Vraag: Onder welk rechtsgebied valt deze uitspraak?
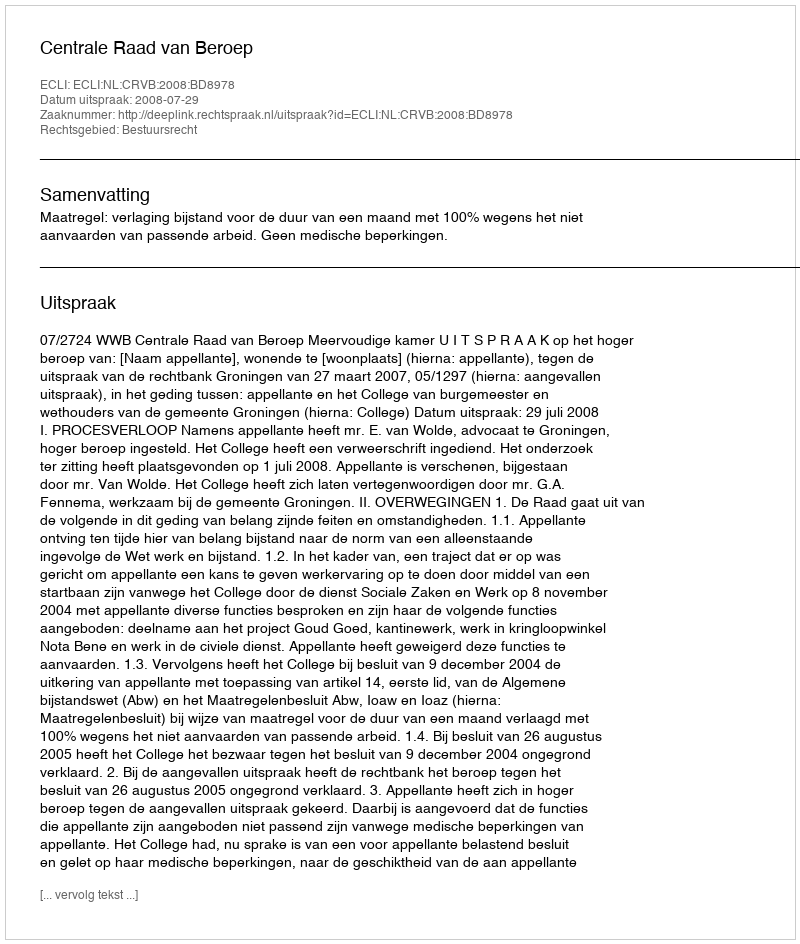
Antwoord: Bestuursrecht